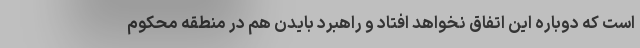
است که دوباره این اتفاق نخواهد افتاد و راهبرد بایدن هم در منطقه محکوم